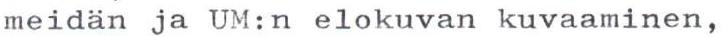
meidän ja UM:n elokuvan kuvaaminen,